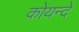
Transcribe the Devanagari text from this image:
कोयन्दे